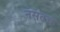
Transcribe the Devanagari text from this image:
नसतच